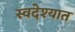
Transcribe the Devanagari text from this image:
स्वदेश्यात